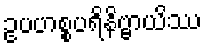
ဥပဟစ္စပရိနိဗ္ဗာယိဿ